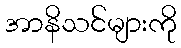
အာနိသင်များကို